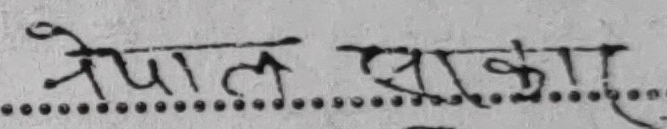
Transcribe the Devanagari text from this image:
नेपाल सरकार